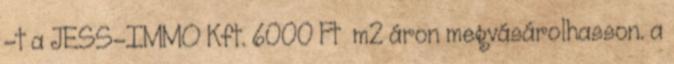
–t a JESS-IMMO Kft. 6000 Ft m2 áron megvásárolhasson. a